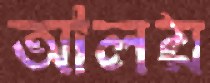
আলয়